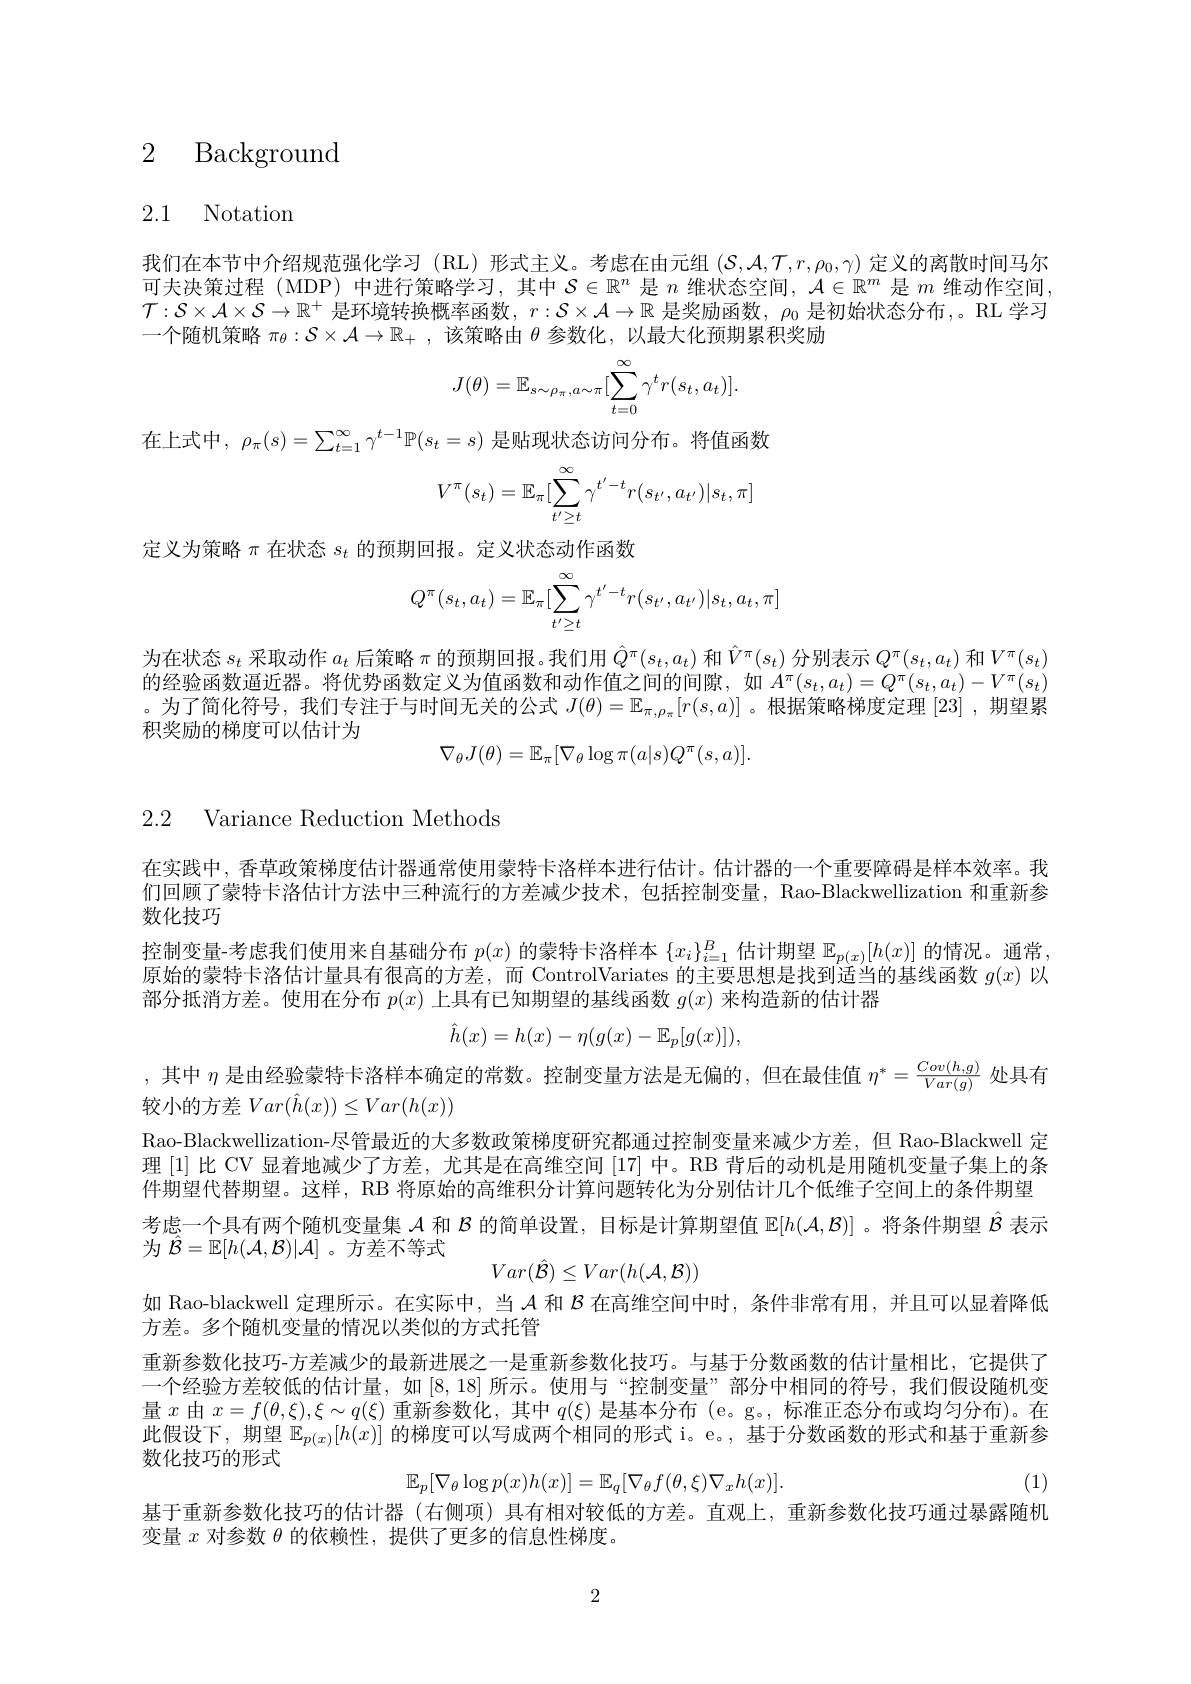
# 2 Background

2.1 Notation

我们在本节中介绍规范强化学习(RL)形式主义。考虑在由元组$(\mathcal{S},\mathcal{A},\mathcal{T},r,\rho_0,\gamma)$定义的离散时间马尔可夫决策过程(MDP) 中进行策略学习，其中$\mathcal{S}\in\mathbb{R}^n$是$n$维状态空间，$\mathcal{A}\in\mathbb{R}^m$是$m$维动作空间$\mathcal{T}:\mathcal{S}\times\mathcal{A}\times\mathcal{S}\to\mathbb{R}^+$是环境转换概率函数，$r:\mathcal{S}\times\mathcal{A}\to\mathbb{R}$是奖励函数，$\rho_0$是初始状态分布，。RL 学习一个随机策略$\pi_\theta:\mathcal{S}\times\mathcal{A}\to\mathbb{R}_+$ ,该策略由$\theta$参数化，以最大化预期累积奖励
$$J(\theta)=\mathbb{E}_{s\sim\rho_\pi,a\sim\pi}[\sum_{t=0}^{\infty}\gamma^tr(s_t,a_t)].$$
在上式中，$\rho_\pi(s)=\sum_{t=1}^\infty\gamma^{t-1}\mathbb{P}(s_t=s)$是贴现状态访问分布。将值函数
$$V^\pi(s_t)=\mathbb{E}_\pi[\sum_{t'\ge t}^\infty\gamma^{t'-t}r(s_{t'},a_{t'})|s_t,\pi]$$
定义为策略$\pi$在状态$s_t$的预期回报。定义状态动作函数
$$Q^\pi(s_t,a_t)=\mathbb{E}_\pi[\sum_{t'\ge t}^\infty\gamma^{t'-t}r(s_{t'},a_{t'})|s_t,a_t,\pi]$$
为在状态$s_t$采取动作$a_t$后策略$\pi$的预期回报。我们用$\hat{Q}^{\pi}(s_t,a_t)$和$\hat{V}^{\pi}(s_t)$分别表示$Q^{\pi}(s_t,a_t)$和$V^{\pi}(s_t)$ 的经验函数逼近器。将优势函数定义为值函数和动作值之间的间隙，如$A^\pi(s_t,a_t)=Q^\pi(s_t,a_t)-V^\pi(s_t)$ 。为了简化符号，我们专注于与时间无关的公式$J(\theta)=\mathbb{E}_{\pi,\rho_\pi}[r(s,a)]$ 。根据策略梯度定理 [23] ,期望累积奖励的梯度可以估计为
$$\nabla_\theta J(\theta)=\mathbb{E}_\pi[\nabla_\theta\log\pi(a|s)Q^\pi(s,a)].$$
2.2 Variance Reduction Methods

在实践中，香草政策梯度估计器通常使用蒙特卡洛样本进行估计。估计器的一个重要障碍是样本效率。我们回顾了蒙特卡洛估计方法中三种流行的方差减少技术，包括控制变量，Rao-Blackwellization 和重新参数化技巧
控制变量-考虑我们使用来自基础分布$p(x)$的蒙特卡洛样本$\{x_i\}_i=1^B$估计期望$\mathbb{E}_p(x)[h(x)]$的情况。通常原始的蒙特卡洛估计量具有很高的方差，而 ControlVariates 的主要思想是找到适当的基线函数$g(x)$以部分抵消方差。使用在分布$p(x)$上具有已知期望的基线函数$g(x)$来构造新的估计器
$$\hat{h}(x)=h(x)-\eta(g(x)-\mathbb{E}_p[g(x)]),$$
,其中$\eta$是由经验蒙特卡洛样本确定的常数。控制变量方法是无偏的，但在最佳值$\eta^*=\frac{Cov(h,g)}{Var(g)}$处具有

较小的方差$Var(\hat{h}(x))\leq Var(h(x))$
Rao-Blackwellization-尽管最近的大多数政策梯度研究都通过控制变量来减少方差，但 Rao-Blackwell 定理 [1] 比 CV 显着地减少了方差，尤其是在高维空间 [17] 中。RB 背后的动机是用随机变量子集上的条件期望代替期望。这样，RB 将原始的高维积分计算问题转化为分别估计几个低维子空间上的条件期望考虑一个具有两个随机变量集$\mathcal{A}$和$\mathcal{B}$的简单设置，目标是计算期望值$\mathbb{E}[h(\mathcal{A},\mathcal{B})]$ 。将条件期望$\hat{\mathcal{B}}$表示为$\hat{\mathcal{B}}=\mathbb{E}[h(\mathcal{A},\mathcal{B})|\mathcal{A}]$ 。方差不等式
$$Var(\hat{\mathcal{B}})\leq Var(h(\mathcal{A},\mathcal{B}))$$
如 Rao-blackwell 定理所示。在实际中，当$\mathcal{A}$和$\mathcal{B}$在高维空间中时，条件非常有用，并且可以显着降低
方差。多个随机变量的情况以类似的方式托管
重新参数化技巧-方差减少的最新进展之一是重新参数化技巧。与基于分数函数的估计量相比，它提供了一个经验方差较低的估计量，如[8,18]所示。使用与“控制变量”部分中相同的符号，我们假设随机变量$x$由$x=f(\theta,\xi),\xi\sim q(\xi)$重新参数化，其中$q(\xi)$是基本分布 (e。g。,标准正态分布或均匀分布)。在此假设下，期望$\mathbb{E}_{p(x)}[h(x)]$的梯度可以写成两个相同的形式 i。e。, 基于分数函数的形式和基于重新参数化技巧的形式
$$\mathbb{E}_{p}[\nabla_{\theta}\log p(x)h(x)]=\mathbb{E}_{q}[\nabla_{\theta}f(\theta,\xi)\nabla_{x}h(x)].$$
(1)
基于重新参数化技巧的估计器 (右侧项) 具有相对较低的方差。直观上，重新参数化技巧通过暴露随机
变量$x$对参数$\theta$的依赖性，提供了更多的信息性梯度。

2